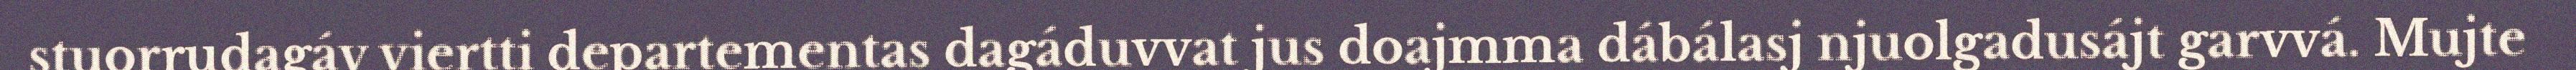
stuorrudagáv viertti departementas dagáduvvat jus doajmma dábálasj njuolgadusájt garvvá. Mujte